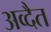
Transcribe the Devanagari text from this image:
अव्दैत